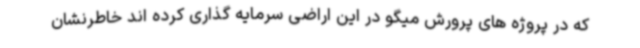
که در پروژه های پرورش میگو در این اراضی سرمایه گذاری کرده اند خاطرنشان